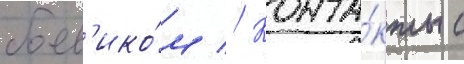
боев'ико́м // Конта́кты с